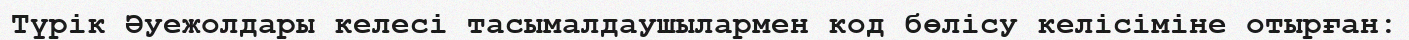
Түрік Әуежолдары келесі тасымалдаушылармен код бөлісу келісіміне отырған: